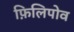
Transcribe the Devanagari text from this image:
फ़िलिपोव